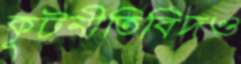
কূটনীতিবিদও